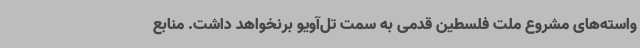
واسته‌های مشروع ملت فلسطین قدمی به سمت تل‌آویو برنخواهد داشت. منابع